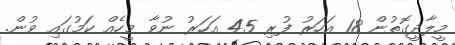
މީލާދީގޮތުން 18 އަހަރު ފުރި 45 އަހަރު ނުވާ މީހެއް ކަމުގައި ވުން.